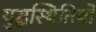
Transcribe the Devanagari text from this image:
युद्धस्थितियों